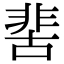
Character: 𩇵